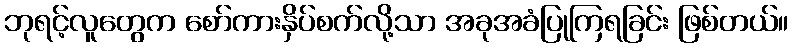
ဘုရင့်လူတွေက စော်ကားနှိပ်စက်လို့သာ အခုအခံပြုကြရခြင်း ဖြစ်တယ်။